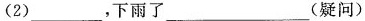
（2）___，下雨了___（疑问）